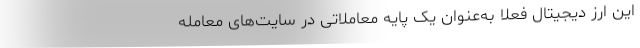
این ارز دیجیتال فعلا به‌عنوان یک پایه معاملاتی در سایت‌های معامله